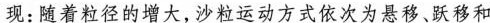
现：随着粒径的增大，沙粒运动方式依次为悬移。跃移和